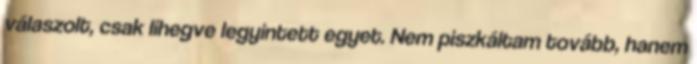
válaszolt, csak lihegve legyintett egyet. Nem piszkáltam tovább, hanem